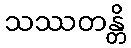
သဿတန္တိ